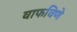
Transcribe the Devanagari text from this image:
वाफविणे